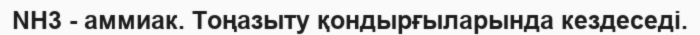
NH3 - аммиак. Тоңазыту қондырғыларында кездеседі.